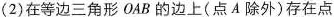
( 2 ) 在等边三角形 OAB 的边上 ( 点 A 除外 )存在点